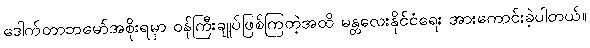
ဒေါက်တာဘမော်အစိုးရမှာ ဝန်ကြီးချုပ်ဖြစ်ကြတဲ့အထိ မန္တလေးနိုင်ငံရေး အားကောင်းခဲ့ပါတယ်။